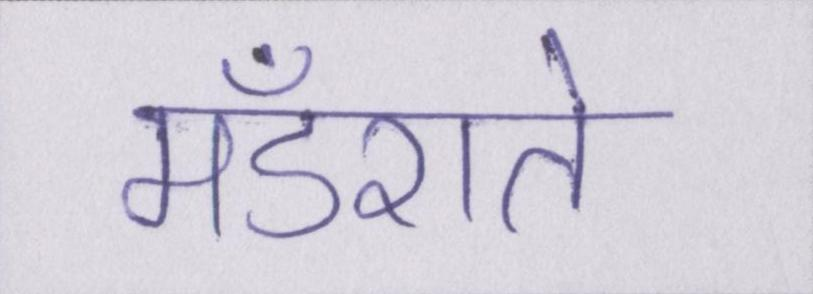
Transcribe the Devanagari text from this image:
मँडराते